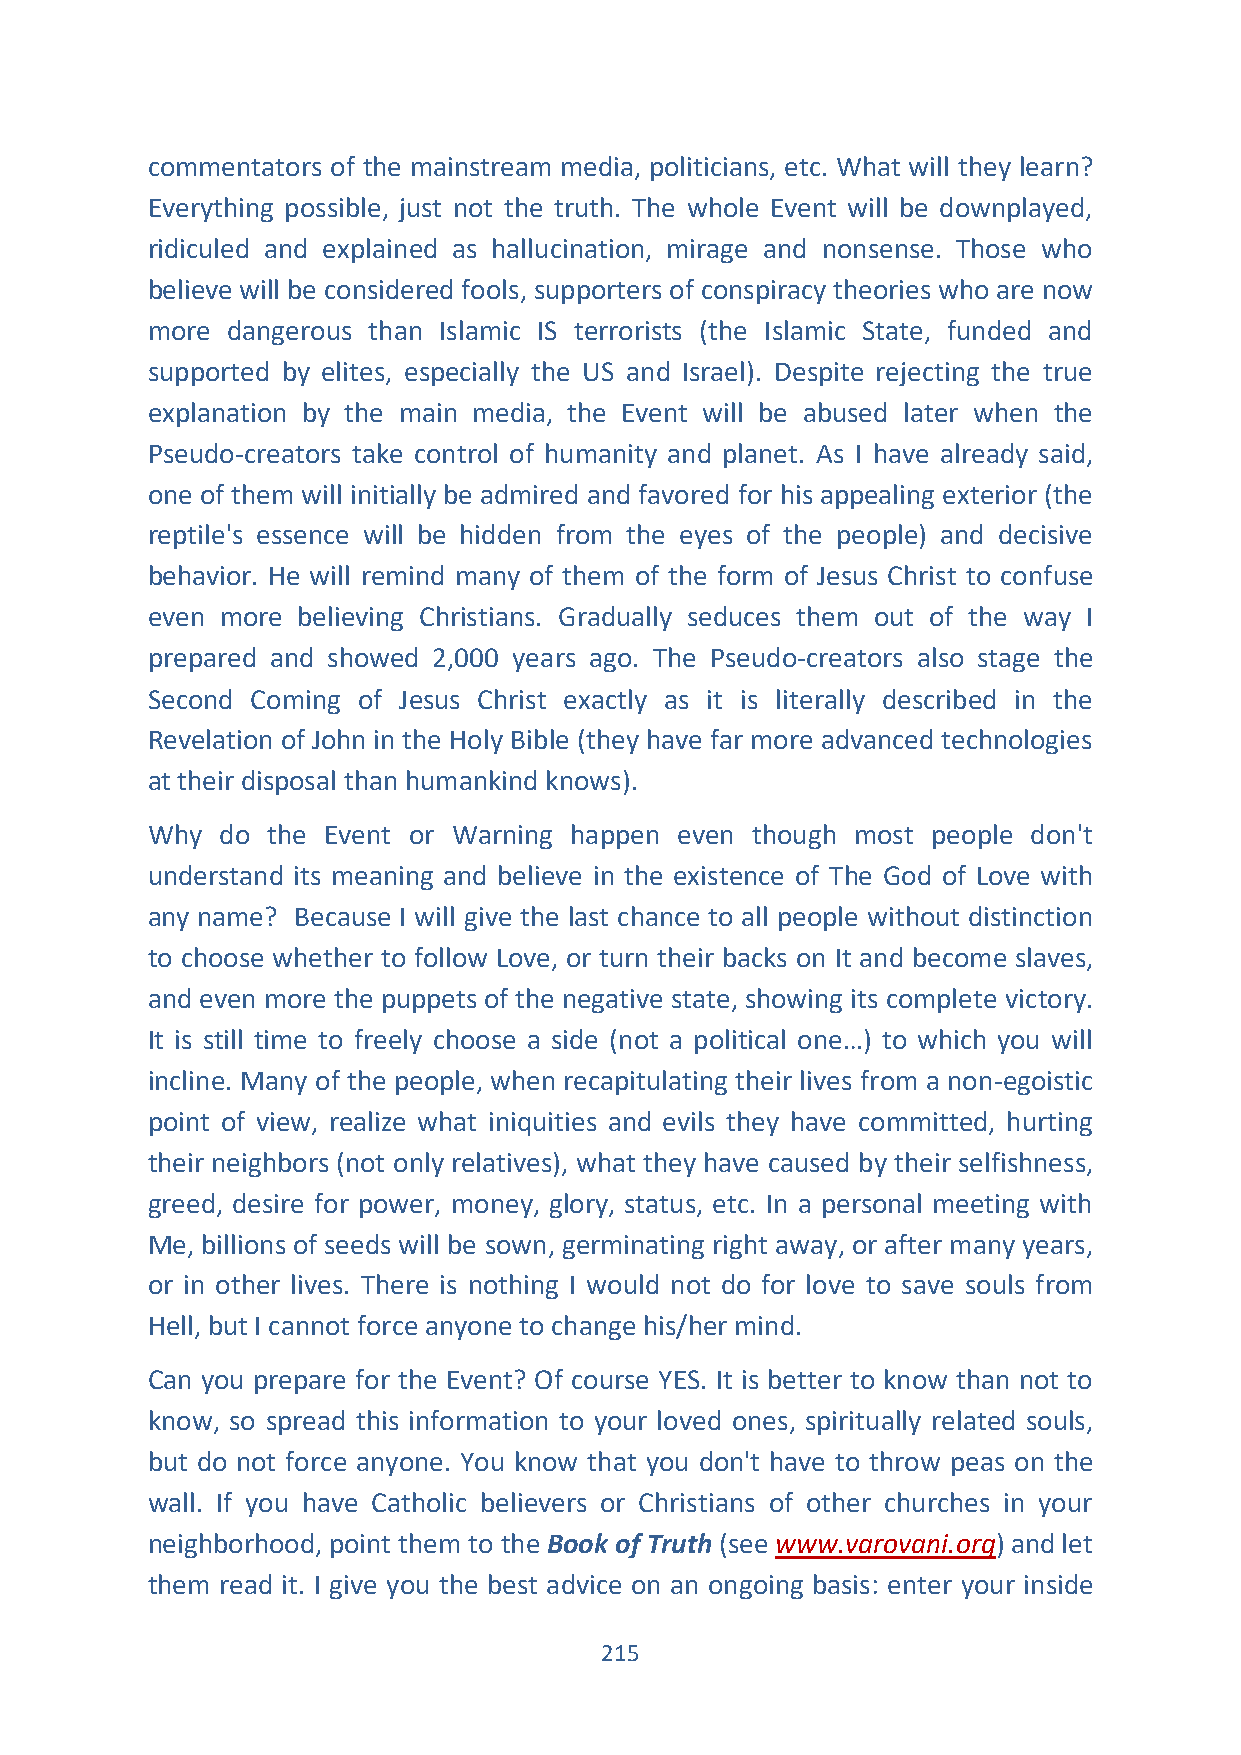
commentators of the mainstream media, politicians, etc. What will they learn?
 Everything possible, just not the truth. The whole Event will be downplayed,
 ridiculed and explained as hallucination, mirage and nonsense. Those who
 believe will be considered fools, supporters of conspiracy theories who are now
 more dangerous than Islamic IS terrorists (the Islamic State, funded and
 supported by elites, especially the US and Israel). Despite rejecting the true
 explanation by the main media, the Event will be abused later when the
 Pseudo-creators take control of humanity and planet. As I have already said,
 one of them will initially be admired and favored for his appealing exterior (the
 reptile's essence will be hidden from the eyes of the people) and decisive
 behavior. He will remind many of them of the form of Jesus Christ to confuse
 even more believing Christians. Gradually seduces them out of the way I
 prepared and showed 2,000 years ago. The Pseudo-creators also stage the
 Second Coming of Jesus Christ exactly as it is literally described in the
 Revelation of John in the Holy Bible (they have far more advanced technologies
 at their disposal than humankind knows).
 Why  do the Event or Warning happen even though most people don't
 understand its meaning and believe in the existence of The God of Love with
 any name? Because I will give the last chance to all people without distinction
 to choose whether to follow Love, or turn their backs on It and become slaves,
 and even more the puppets of the negative state, showing its complete victory.
 It is still time to freely choose a side (not a political one…) to which you will
 incline. Many of the people, when recapitulating their lives from a non-egoistic
 point of view, realize what iniquities and evils they have committed, hurting
 their neighbors (not only relatives), what they have caused by their selfishness,
 greed, desire for power, money, glory, status, etc. In a personal meeting with
 Me, billions of seeds will be sown, germinating right away, or after many years,
 or in other lives. There is nothing I would not do for love to save souls from
 Hell, but I cannot force anyone to change his/her mind.
 Can you prepare for the Event? Of course YES. It is better to know than not to
 know, so spread this information to your loved ones, spiritually related souls,
 but do not force anyone. You know that you don't have to throw peas on the
 wall. If you have Catholic believers or Christians of other churches in your
 neighborhood, point them to the Book of Truth (see www.varovani.org) and let
 them read it. I give you the best advice on an ongoing basis: enter your inside
 215